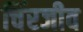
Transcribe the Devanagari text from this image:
चिंरजीव